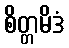
စိတ္တမိဒံ